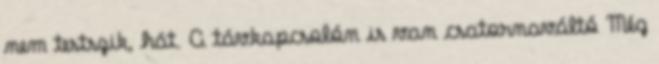
nem testszik, hát. A távkapcsolón is van csatornaváltó Még